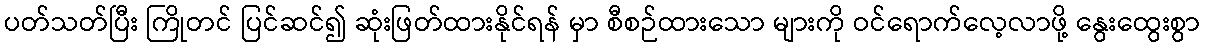
ပတ်သတ်ပြီး ကြိုတင် ပြင်ဆင်၍ ဆုံးဖြတ်ထားနိုင်ရန် မှာ စီစဉ်ထားသော များကို ဝင်ရောက်လေ့လာဖို့ နွေးထွေးစွာ